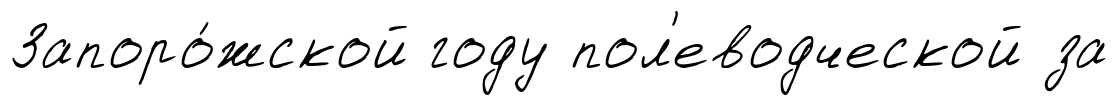
Запоро́жской году пол'еводческой за